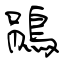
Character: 鵑